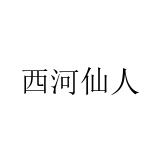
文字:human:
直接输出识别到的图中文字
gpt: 西河仙人